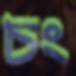
চং